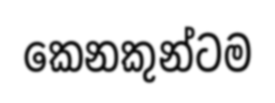
කෙනකුන්ටම